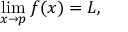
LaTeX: \operatorname* { l i m } _ { x \to p } f ( x ) = L ,